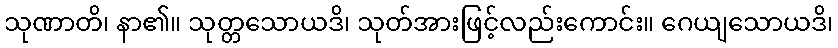
သုဏာတိ၊ နာ၏။ သုတ္တသောယဒိ၊ သုတ်အားဖြင့်လည်းကောင်း။ ဂေယျသောယဒိ၊